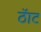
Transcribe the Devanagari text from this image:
ठॅाट